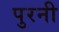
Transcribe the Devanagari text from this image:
पुरनी